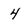
Character: 4